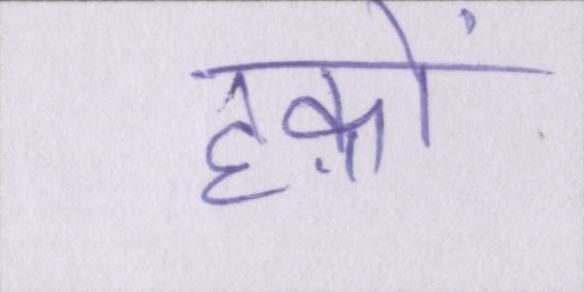
हक़ों